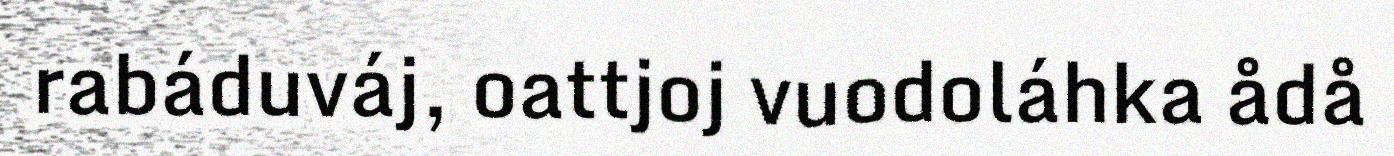
rabáduváj, oattjoj vuodoláhka ådå